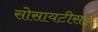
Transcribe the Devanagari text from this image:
सोसायटीसह